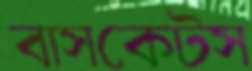
বাসকেটস